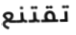
تقتنع